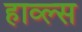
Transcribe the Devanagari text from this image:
हाव्ल्स